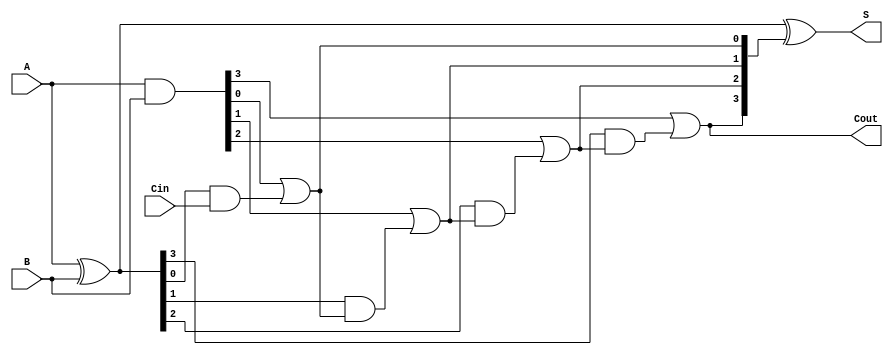
module RCLA #(parameter n = 4) (
    input  [n-1:0] A,      // First n-bit input
    input  [n-1:0] B,      // Second n-bit input
    input          Cin,     // Carry-in
    output [n-1:0] S,      // n-bit sum output
    output         Cout     // Carry-out
);

    // Generate and Propagate signals
    wire [n-1:0] G; // Generate signals
    wire [n-1:0] P; // Propagate signals
    wire [n:0] C;   // Carry signals

    // Generate and Propagate calculations
    assign G = A & B;              // G[i] = A[i] & B[i]
    assign P = A ^ B;              // P[i] = A[i] ^ B[i]

    // Carry signals calculation
    assign C[0] = Cin;             // C[0] = Cin
    genvar i;
    generate
        for (i = 0; i < n; i = i + 1) begin : carry_gen
            assign C[i + 1] = G[i] | (P[i] & C[i]); // C[i+1] = G[i] + (P[i] & C[i])
        end
    endgenerate

    // Sum calculation
    assign S = P ^ C[n:1];         // S[i] = P[i] ^ C[i]

    // Carry-out
    assign Cout = C[n];            // Cout = C[n]

endmodule